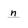
Character: n